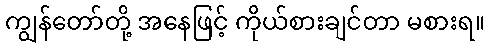
ကျွန်တော်တို့ အနေဖြင့် ကိုယ်စားချင်တာ မစားရ။